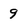
Character: 9